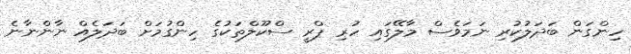
ހިންގަން ބަދަލުކުރި ނަމަވެސް މާލޭގައި ހުރި ޕްރީ ސްކޫލްތަކުގެ ހިންގުމަށް ބަދަލެއް ނާންނާނެ